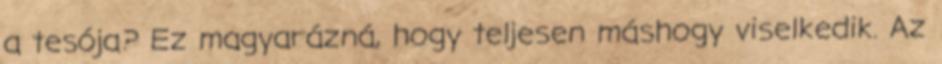
a tesója? Ez magyarázná, hogy teljesen máshogy viselkedik. Az